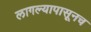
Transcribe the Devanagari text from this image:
लागल्यापासूनच